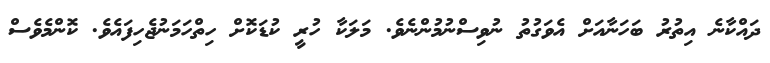
ދައްކާނެ އިތުރު ބަހަނާއަށް އެވަގުތު ނުވިސްނުމުންނެވެ. މަލަކާ ހުރީ ކުޑަކޮށް ހިތްހަމަނުޖެހިފައެވެ. ކޮންމެވެސް